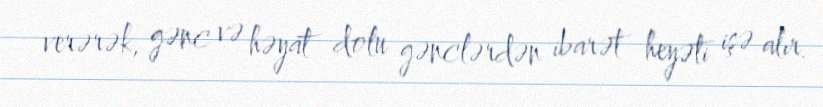
verərək, gənc və həyat dolu gənclərdən ibarət heyəti işə alır.